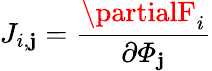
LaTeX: J_{i,\mathbf{j}}=\frac{{\partialF_{i}}}{{\partial\mathbf{{\varPhi}}_{\mathbf{j}}}}